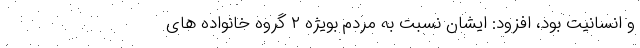
و انسانیت بود، افزود: ایشان نسبت به مردم بویژه ۲ گروه خانواده های